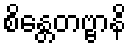
စိန္တေတဗ္ဗာနိ